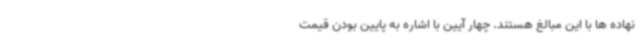
نهاده ها با این مبالغ هستند. چهار آیین با اشاره به پایین بودن قیمت